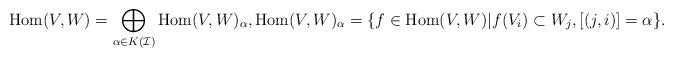
LaTeX: \begin{align*}\mathrm{Hom}(V,W) = \bigoplus_{\alpha \in K(\mathcal{I})} \mathrm{Hom}(V,W)_{\alpha}, \mathrm{Hom}(V,W)_{\alpha}=\{f \in \mathrm{Hom}(V,W)|f(V_{i}) \subset W_{j}, [(j,i)]=\alpha\}.\end{align*}